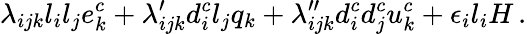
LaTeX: {\lambda_{ijk}l_{i}l_{j}e_{k}^{c}+\lambda_{ijk}^{\prime}d_{i}^{c}l_{j}q_{k}+\lambda_{ijk}^{\prime\prime}d_{i}^{c}d_{j}^{c}u_{k}^{c}+\epsilon_{i}l_{i}H\, .}